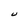
Character: U